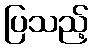
ပြသည့်